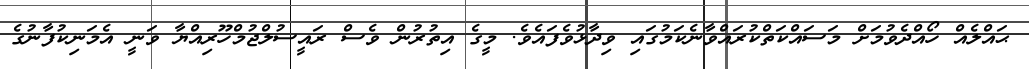
ޙައްލެއް ހޯއްދެވުމަަށް މަސައްކަތްކުރައްވާނެކަމުގައި ވިދާޅުވެފައެވެ. މީގެ އިތުރުން ވެސް ރައީސުލްޖުމްހޫރިއްޔާ ވަނީ އެމަނިކުފާނުގެ